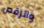
والرقص